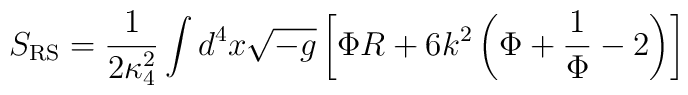
S_{\rm RS} = {1 \over {2 \kappa_4^2}} \int d^4 x \sqrt{-g} \left [\Phi R + 6 k^2 \left ( \Phi + { 1\over \Phi} -2 \right ) \right ]